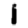
Digit: 1